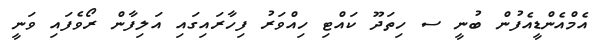
އެމްއެންޑީއެފުން ބުނީ ސ ހިތަދޫ ކައްޓި ހިއްވަރު ފިހާރައިގައި އަލިފާން ރޯވެފައި ވަނީ